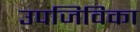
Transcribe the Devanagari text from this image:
उपजिविका